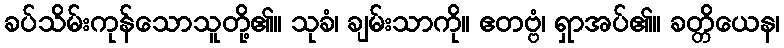
ခပ်သိမ်းကုန်သောသူတို့၏။ သုခံ၊ ချမ်းသာကို။ ဧတဗ္ဗံ၊ ရှာအပ်၏။ ခတ္တိယေန၊